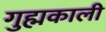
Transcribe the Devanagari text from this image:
गुह्मकाली